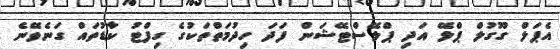
އެޕަލް ގޫގުލް ޕްލޭ އަދި ޕްލޭސްޓޭޝަން ފަދަ ހިދުމަތްތަކުގެ ގިފްޓު ކާޑުތައް ގަނެވޭނެ